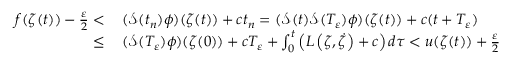
\begin{array} { r l } { f ( \zeta ( t ) ) - \frac \varepsilon 2 < } & { \, ( \mathcal S ( t _ { n } ) \phi ) ( \zeta ( t ) ) + c t _ { n } = ( \mathcal S ( t ) \mathcal S ( T _ { \varepsilon } ) \phi ) ( \zeta ( t ) ) + c ( t + T _ { \varepsilon } ) } \\ { \le } & { \, ( \mathcal S ( T _ { \varepsilon } ) \phi ) ( \zeta ( 0 ) ) + c T _ { \varepsilon } + \int _ { 0 } ^ { t } \left( L \left( \zeta , \dot { \zeta } \right) + c \right) d \tau < u ( \zeta ( t ) ) + \frac \varepsilon 2 } \end{array}